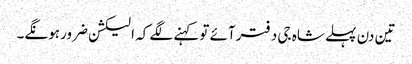
تین دن پہلے شاہ جی دفترآئے توکہنے لگے کہ الیکشن ضرورہونگے۔